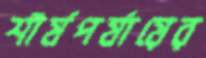
শীর্ষপর্যায়ের